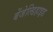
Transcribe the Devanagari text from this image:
बेंजेल्डिहाइड